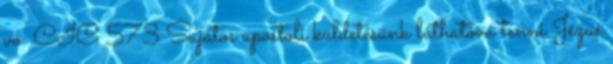
vö. CIC 573 Sajátos apostoli küldetésünk láthatóvá tenni Jézus